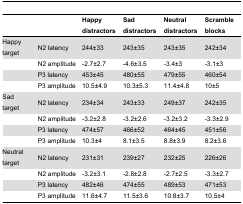
|  |  | Happy distractors | Sad distractors | Neutral distractors | Scramble blocks |
 | --- | --- | --- | --- | --- | --- |
 | Happy target | N2 latency | 244±33 | 243±35 | 243±35 | 242±34 |
 |  | N2 amplitude | -2.7±2.7 | -4.6±3.5 | -3.4±3 | -3.1±3 |
 |  | P3 latency | 453±45 | 480±55 | 479±55 | 460±54 |
 |  | P3 amplitude | 10.5±4.9 | 10.3±5.3 | 11.4±4.8 | 10±5 |
 | Sad target | N2 latency | 234±34 | 243±33 | 249±37 | 242±35 |
 |  | N2 amplitude | -3.2±2.8 | -3.2±2.6 | -3.2±3.2 | -3.3±2.9 |
 |  | P3 latency | 474±57 | 466±52 | 464±45 | 451±56 |
 |  | P3 amplitude | 10.3±4 | 8.1±3.5 | 8.8±3.9 | 8.2±3.6 |
 | Neutral target | N2 latency | 231±31 | 239±27 | 232±25 | 226±26 |
 |  | N2 amplitude | -3.2±3.1 | -2.8±2.8 | -2.7±2.5 | -3.3±2.7 |
 |  | P3 latency | 482±46 | 474±55 | 489±53 | 471±53 |
 |  | P3 amplitude | 11.6±4.7 | 11.5±3.6 | 10.8±3.7 | 10.5±4 |